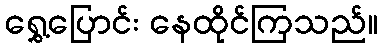
ရွှေ့ပြောင်း နေထိုင်ကြသည်။